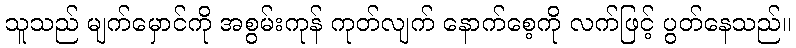
သူသည် မျက်မှောင်ကို အစွမ်းကုန် ကုတ်လျက် နောက်စေ့ကို လက်ဖြင့် ပွတ်နေသည်။